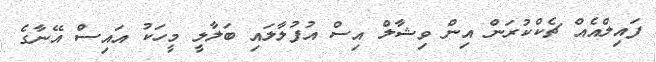
ފައިލްއެއް ޗެކްކުރަން އިން ވިޝާލް އިސް އުފުލާލައި ބަލާލީ މީހަކު އައިސް އޭނާގެ